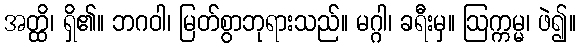
အတ္ထိ၊ ရှိ၏။ ဘဂဝါ၊ မြတ်စွာဘုရားသည်။ မဂ္ဂါ၊ ခရီးမှ။ ဩက္ကမ္မ၊ ဖဲ၍။